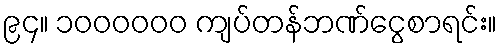
၉၄။ ၁၀၀၀၀၀၀ ကျပ်တန်ဘဏ်ငွေစာရင်း။